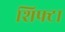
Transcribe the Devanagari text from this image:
शिफ्टा